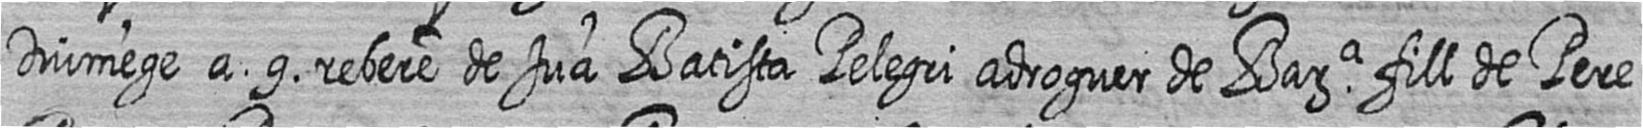
Diumege a 9 rebere de Jua Batista Pelegri adroguer de Bara fill de Pere